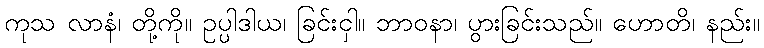
ကုသ လာနံ၊ တို့ကို။ ဥပ္ပါဒါယ၊ ခြင်းငှါ။ ဘာဝနာ၊ ပွားခြင်းသည်။ ဟောတိ၊ နည်း။